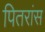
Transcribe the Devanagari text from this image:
पितरांस